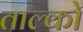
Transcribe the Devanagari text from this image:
ताल्को